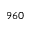
9 6 0